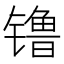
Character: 镥